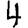
Digit: 4